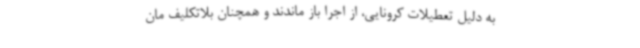
به دلیل تعطیلات کرونایی، از اجرا باز ماندند و همچنان بلاتکلیف مان